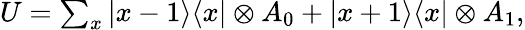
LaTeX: \begin{array}{r}{U=\sum_{x}|x-1\rangle\langle x|\otimes A_{0}+|x+1\rangle\langle x|\otimes A_{1},}\end{array}